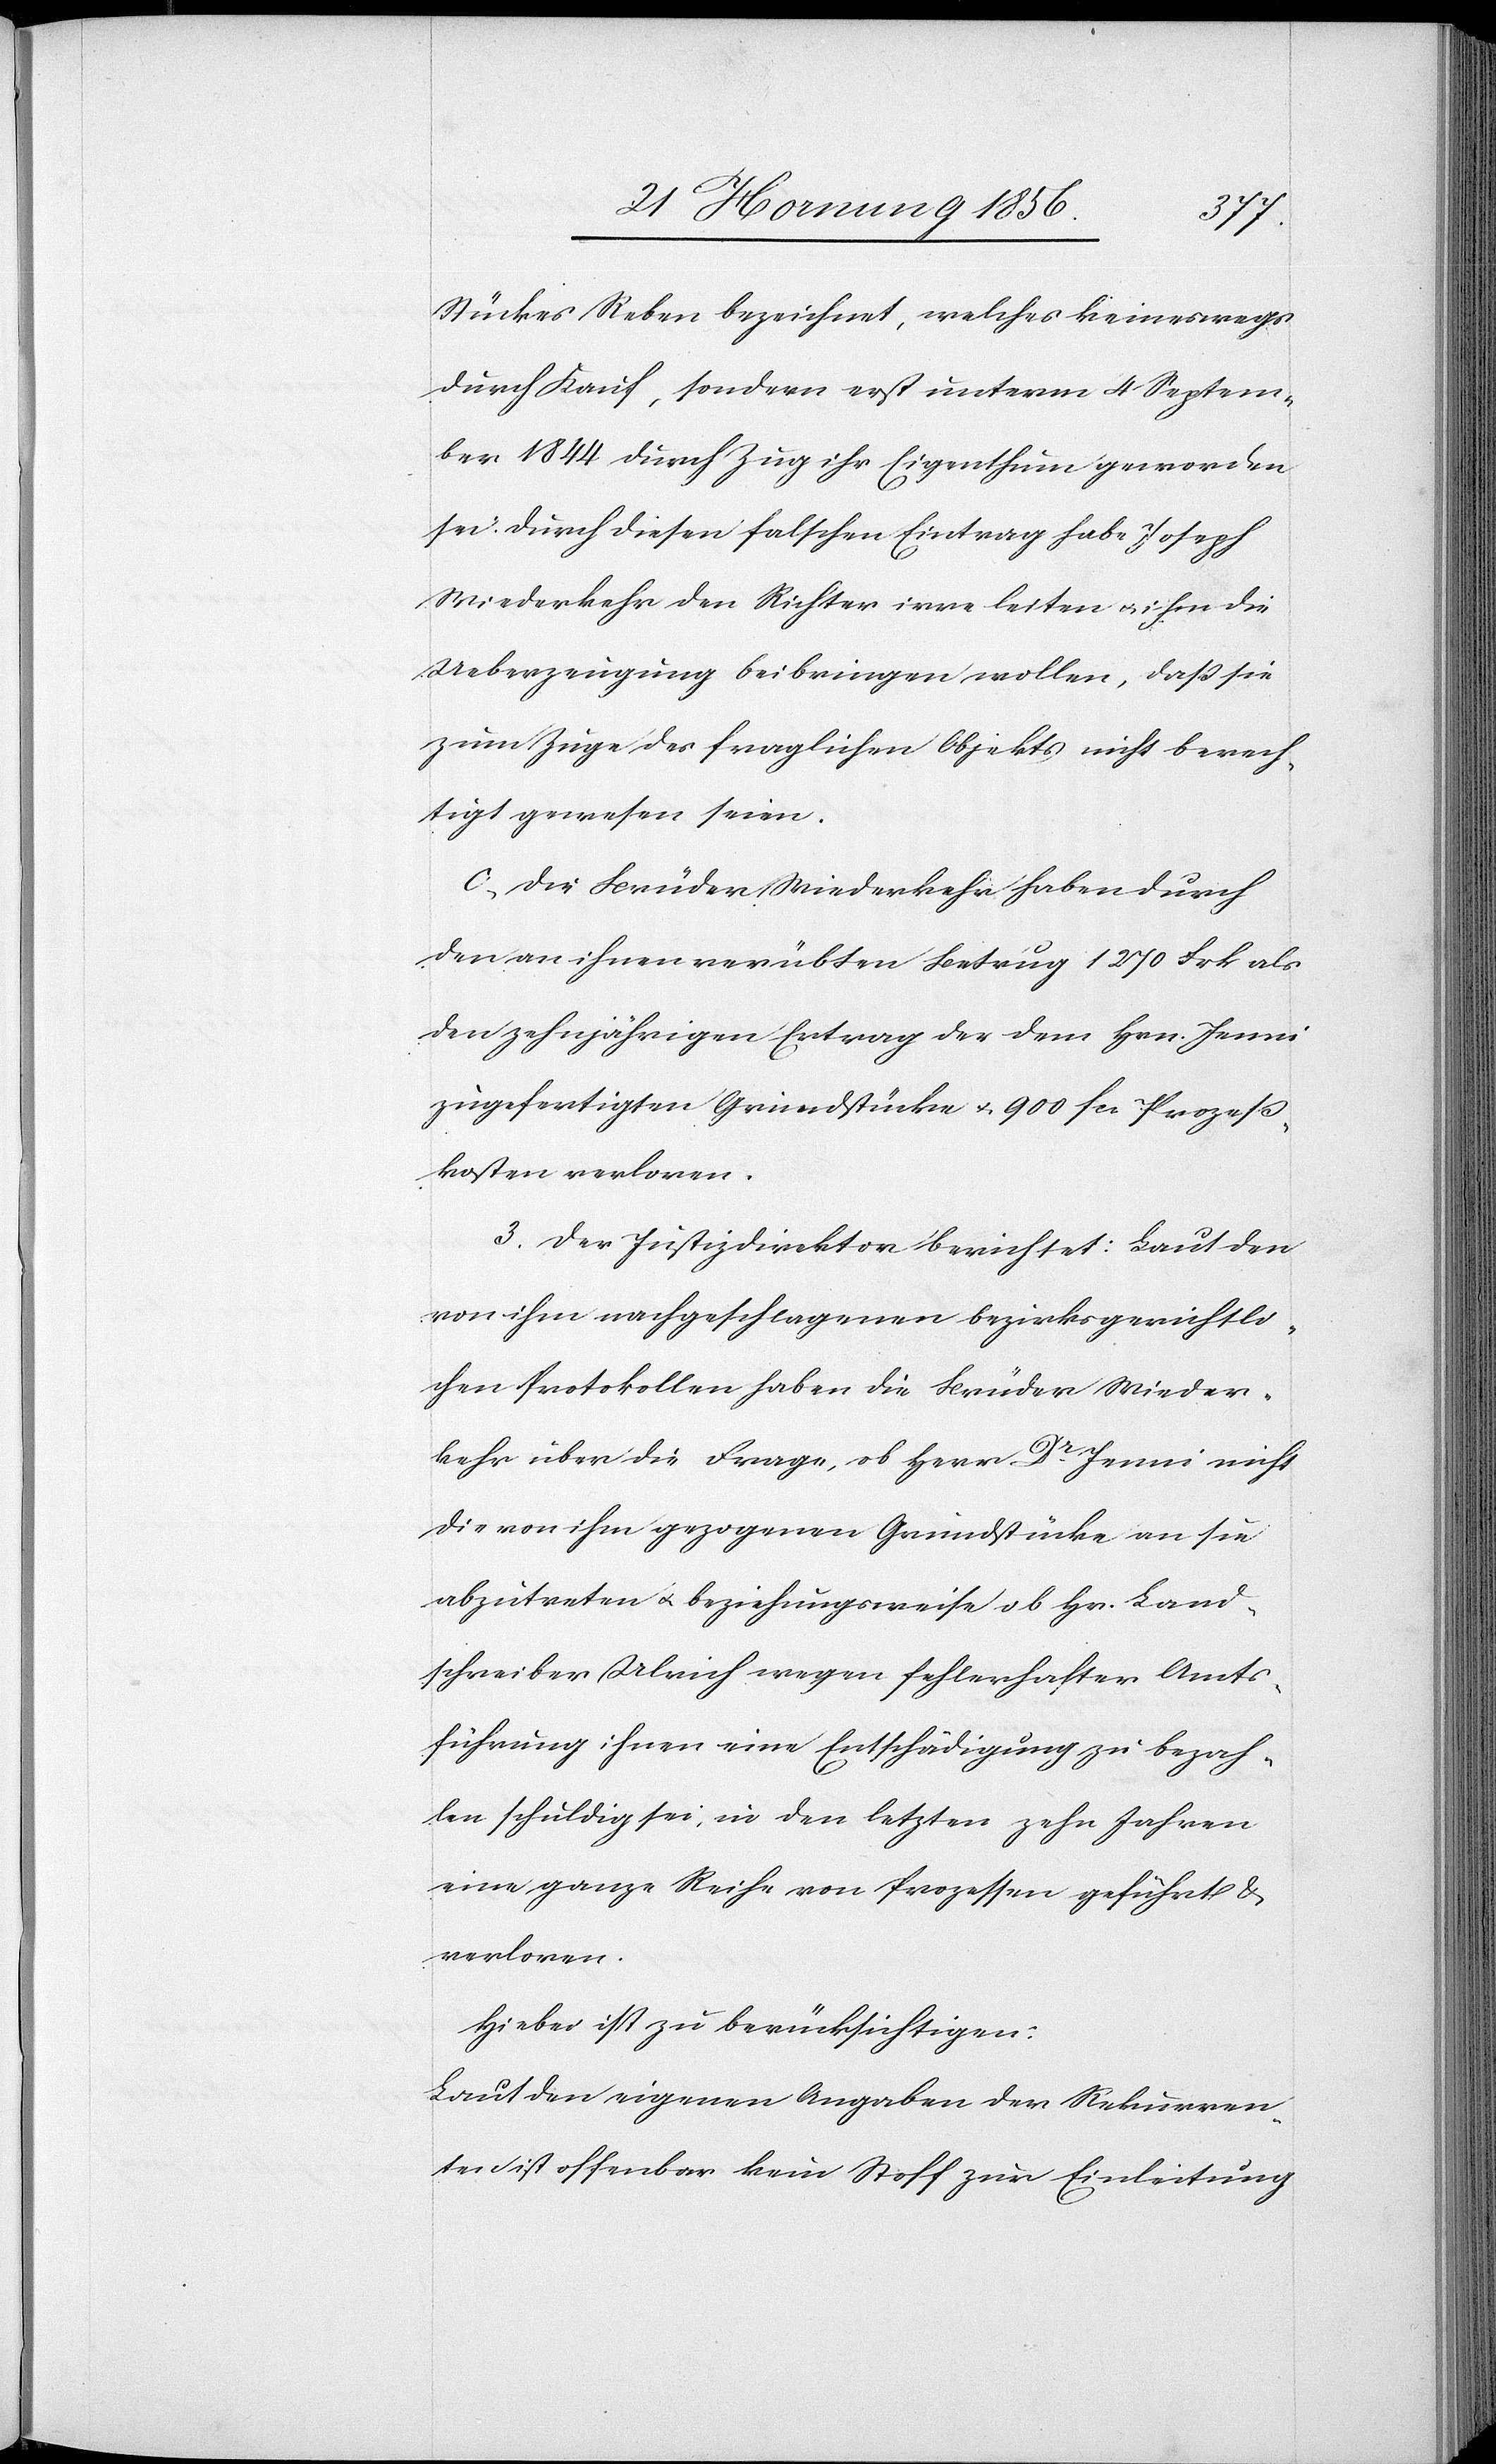
Stückes Reben bezeichnet, welches keineswegs
durch Kauf, sondern erst unterm 4 Septem¬
ber 1844 durch Zug ihr Eigenthum geworden
sei. Durch diesen falschen Eintrag habe Jospeh
Wiederkehr den Richter irre leiten u. ihm die
Ueberzeugung beibringen wollen, daß sie
zum Zuge des fraglichen Objekts nicht berech¬
tigt gewesen seien.
c, Die Brüder Wiederkehr haben durch
den an ihnen verübten Betrug 1270 Frk als
den zehnjährigen Ertrag der dem Hrn. Jenni
zugefertigen Grundstücke u. 900 fcs. Prozeß¬
kosten verloren.
3. Der Justizdirektor berichtet: Laut den
von ihm nachgeschlagenen bezirksgerichtli¬
chen Protokollen haben die Brüder Wieder¬
kehr über die Frage, ob Herr Dr Jenni nicht
die von ihm gezogenen Grundstücke an sie
abzutreten u. beziehungsweise ob Hr. Land¬
schreiber Ulrich wegen fehlerhafter Amts¬
führung ihnen eine Entschädigung zu bezah¬
len schuldig sei, in den letzten zehn Jahren
eine ganze Reihe von Prozessen geführt &
verloren.
Hiebei ist zu berücksichtigen:
Laut den eigenen Angaben der Rekurren¬
ten ist offenbar kein Stoff zur Einleitung